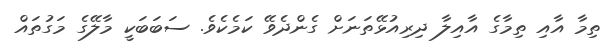
ތިމާ އާއި ތިމާގެ އާއިލާ ދިރިއުޅޭތަނަށް ގެންދެވޭ ކަމެކެވެ. ސަބަބަކީ މާލޭގެ މަގުތައް